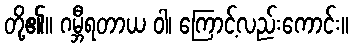
တို့၏။ ဂမ္ဘီရတာယ ဝါ၊ ကြောင့်လည်းကောင်း။